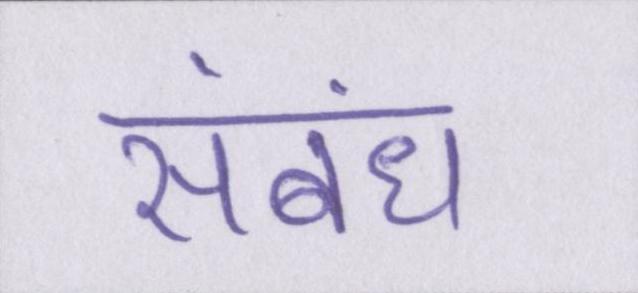
संबंध